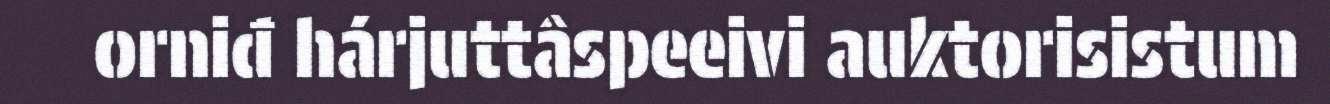
orniđ hárjuttâspeeivi auktorisistum